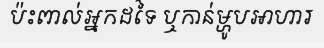
ប៉ះពាល់អ្នកដទៃ ឬកាន់ម្ហូបអាហារ